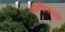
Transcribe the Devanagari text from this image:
गोविंदबल्लभ